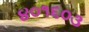
૪૦૧૬૦૩